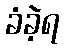
ခံခဲ့ရ